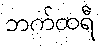
ဘက်ထရီ